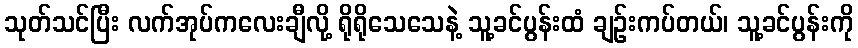
သုတ်သင်ပြီး လက်အုပ်ကလေးချီလို့ ရိုရိုသေသေနဲ့ သူ့ခင်ပွန်းထံ ချဉ်းကပ်တယ်၊ သူ့ခင်ပွန်းကို